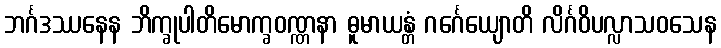
ဘင်္ဂဒဿနေန ဘိက္ခုပါတိမောက္ခဝဏ္ဏနာ ဓူမာယန္တံ ဂင်္ဂေယျောတိ လိင်္ဂဝိပလ္လာသဝသေန